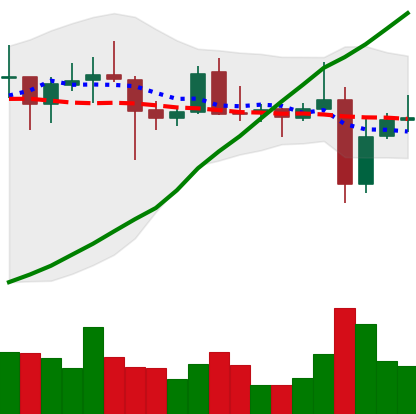
Ticker: XRP-USD
Chart end date: 2021-10-30
Forward return: 10.891%
Label: up_7plus